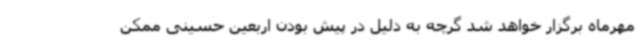
مهرماه برگزار خواهد شد گرچه به دلیل در پیش بودن اربعین حسینی ممکن